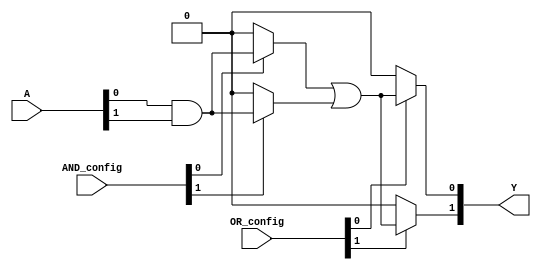
module GAL (
    input wire [N-1:0] A,  // Input signals (e.g., A, B, C, ...)
    input wire [M-1:0] AND_config, // Configuration for AND gates
    input wire [P-1:0] OR_config, // Configuration for OR gates
    output wire [Q-1:0] Y // Output signals
);
    parameter N = 8; // Number of inputs
    parameter M = 4; // Number of AND gates
    parameter P = 2; // Number of OR gates
    parameter Q = 2; // Number of outputs

    // Internal wires to hold AND gate outputs
    wire [M-1:0] AND_out;

    // AND gate implementation
    genvar i;
    generate
        for (i = 0; i < M; i = i + 1) begin : AND_gate
            assign AND_out[i] = AND_config[i] ? (A[0] & A[1]) : 1'b0; // Example: AND operation on A[0] and A[1]
            // Extend this to include more inputs based on the configuration
        end
    endgenerate

    // OR gate implementation
    genvar j;
    generate
        for (j = 0; j < P; j = j + 1) begin : OR_gate
            assign Y[j] = OR_config[j] ? (AND_out[0] | AND_out[1]) : 1'b0; // Example: OR operation on AND gates
            // Extend this to include more AND outputs based on the configuration
        end
    endgenerate

endmodule